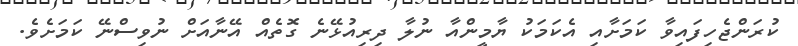
ކުރަންޖެހިފައިވާ ކަމަށާއި އެކަމަކު ޔާމީންއާ ނުލާ ދިރިއުޅޭނެ ގޮތެއް އޭނާއަށް ނުވިސްނޭ ކަމަށެވެ.